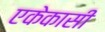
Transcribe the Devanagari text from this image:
एकेकासी